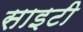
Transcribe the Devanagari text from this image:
साइटी